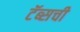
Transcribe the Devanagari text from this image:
टॅब्सची